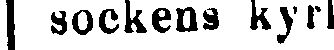
sockens kyrka.